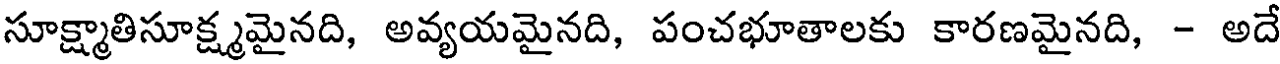
సూక్ష్మాతిసూక్ష్మమైనది, అవ్యయమైనది, పంచభూతాలకు కారణమైనది, - అదే